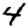
Digit: 4